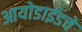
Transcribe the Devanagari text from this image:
आयोडाईडचे